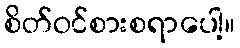
စိတ်ဝင်စားစရာပေါ့။